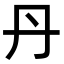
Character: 丹